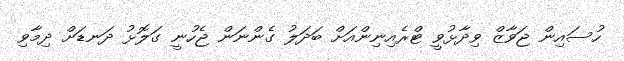
ހުސައިން ޖަވާޒް ވިދާޅުވީ ޓްރެއިނިންއަށް ބަދަލު ގެންނަން ޖެހުނީ ގަލޮޅު ދަނޑަށް ދިމާވި